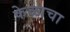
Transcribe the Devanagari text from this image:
केळाचा